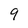
Character: 9